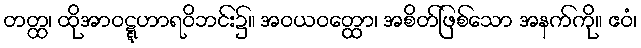
တတ္ထ၊ ထိုအာဝဋ္ဋဟာရဝိဘင်း၌။ အဝယဝတ္ထော၊ အစိတ်ဖြစ်သော အနက်ကို။ ဧဝံ၊